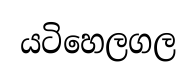
යටිහෙලගල